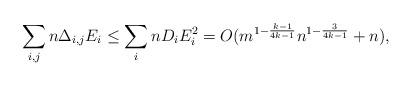
LaTeX: \begin{align*} \sum_{i,j}n \Delta_{i,j}E_i \le \sum_{i} nD_{i}E_{i}^{2} = O(m^{1 - \frac{k-1}{4 k -1}} n ^{1 - \frac{3}{4k -1}}+n),\end{align*}